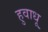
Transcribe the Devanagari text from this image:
हुवाधू